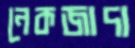
নেকজাদা